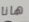
هانا